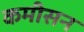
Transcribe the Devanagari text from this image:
कमीसन